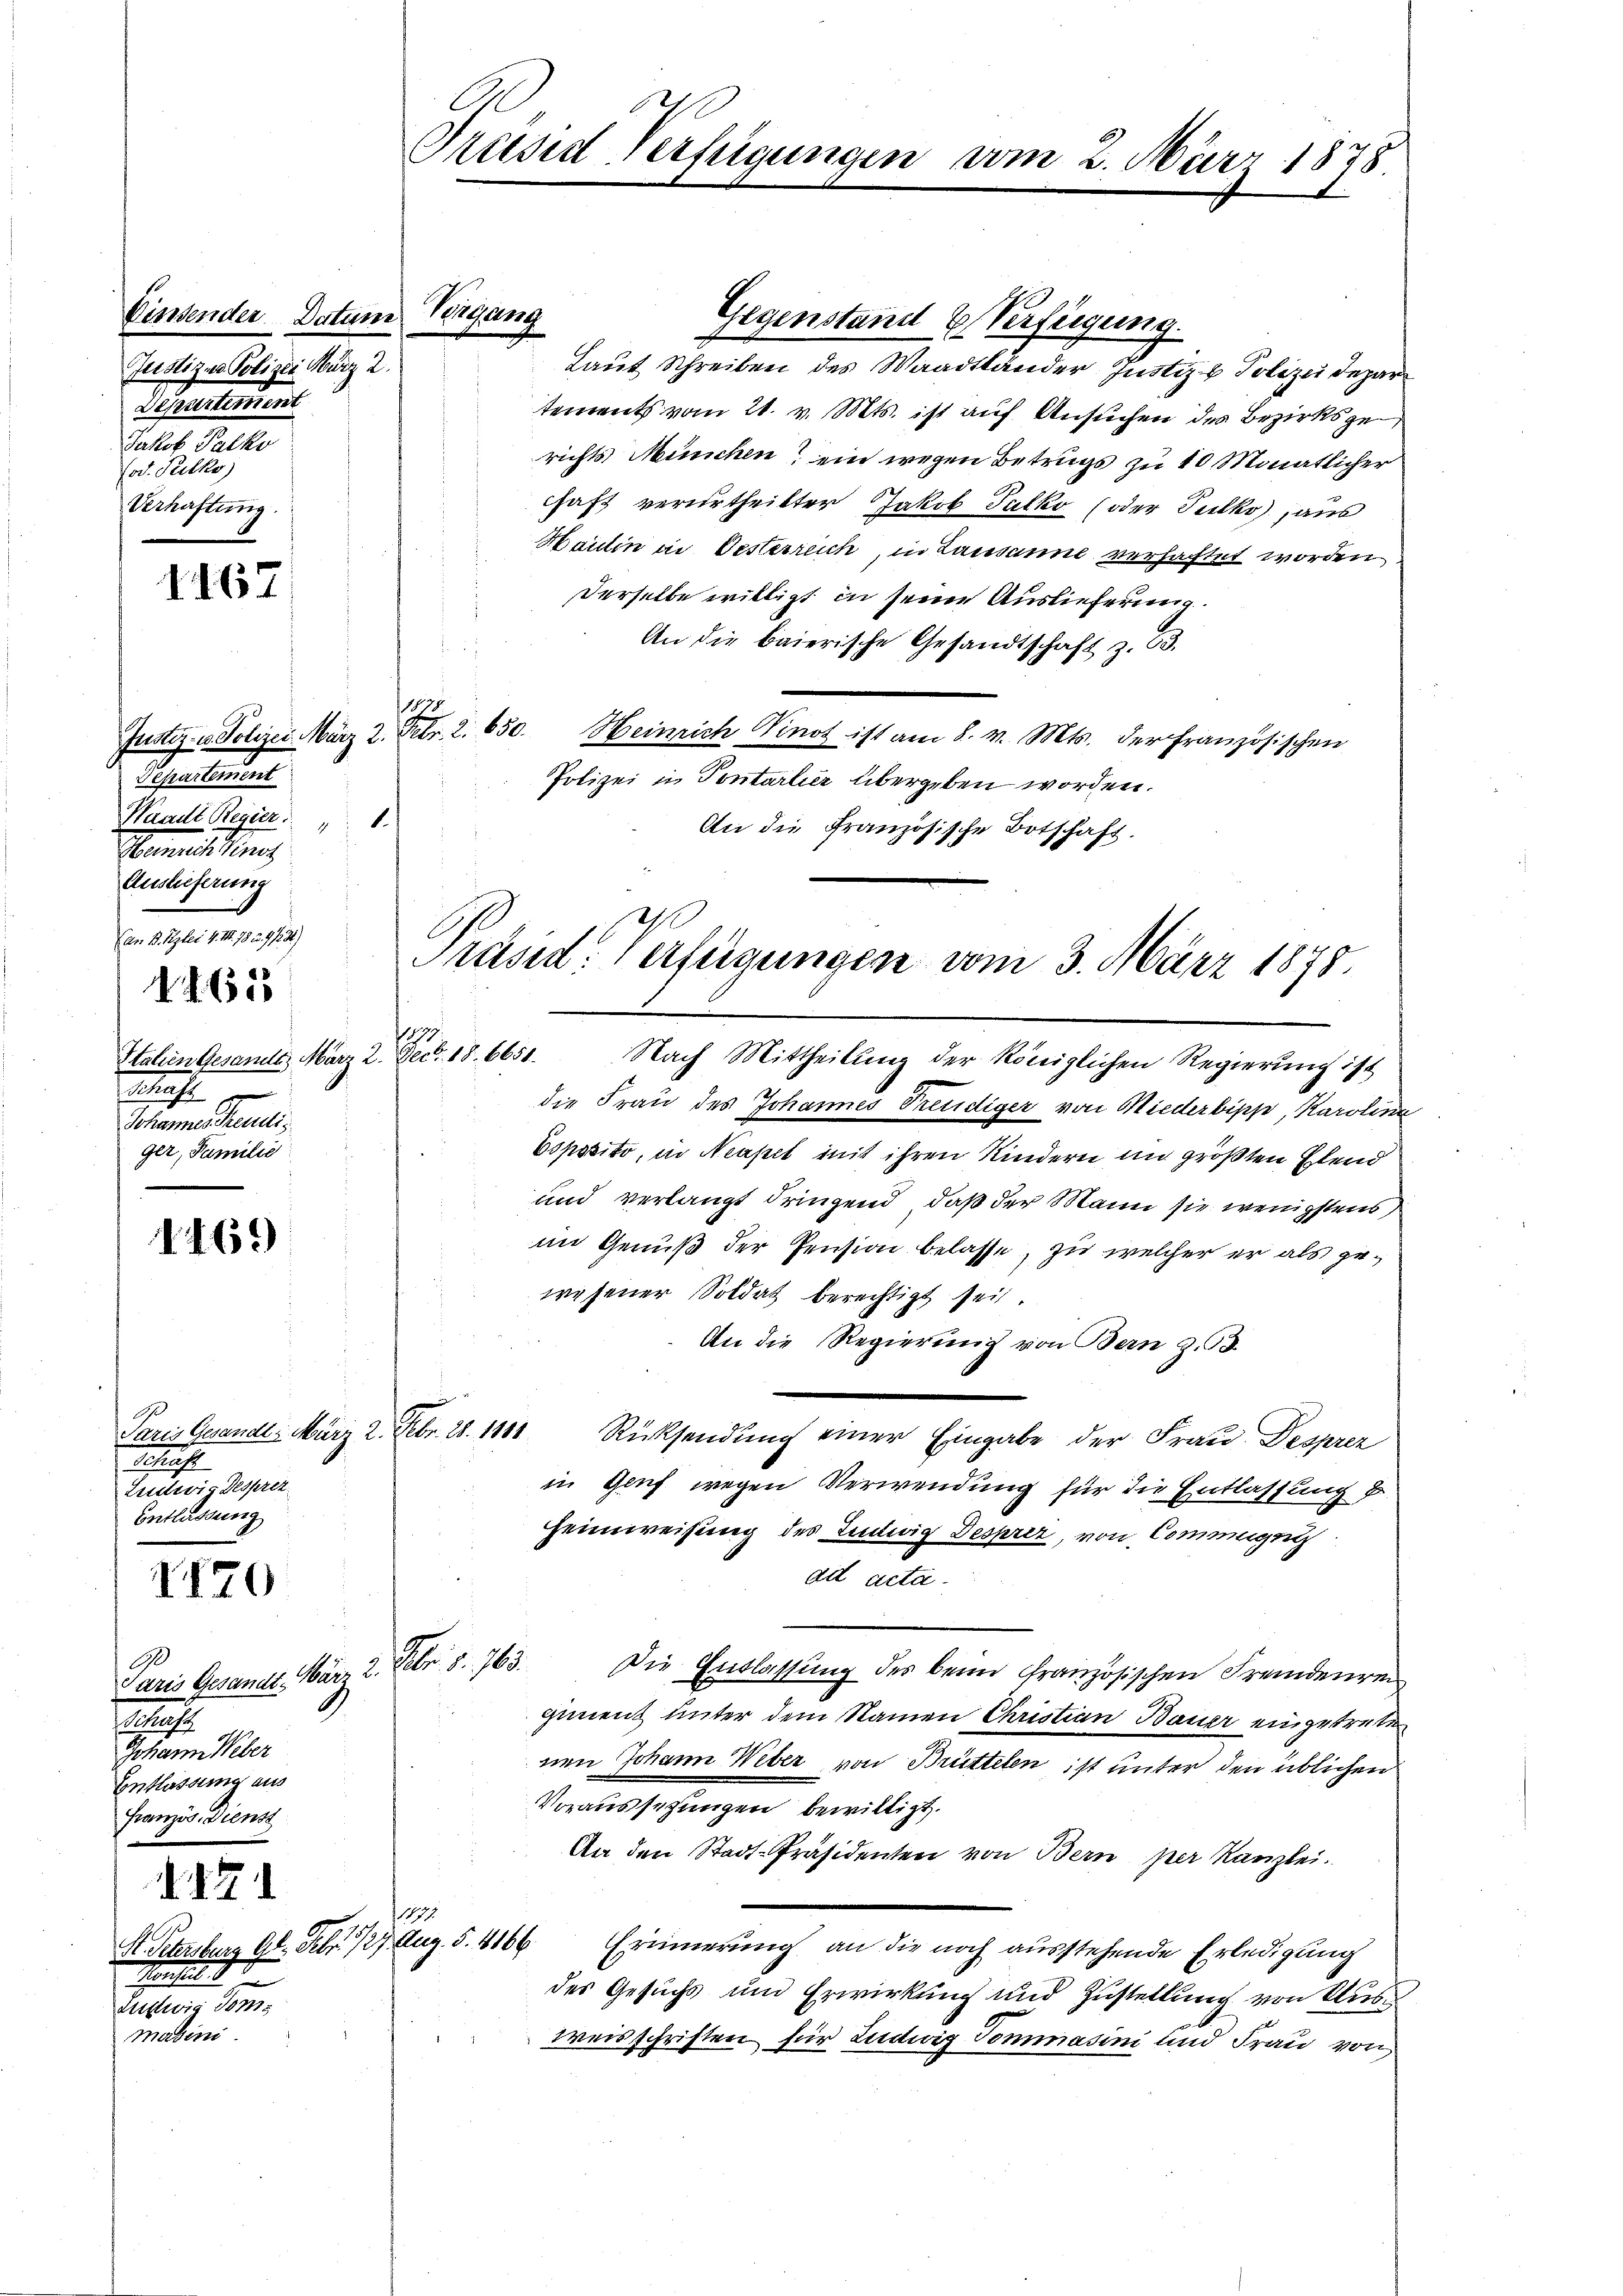
Einsender Datum Vergang
Justizus Polizei März 2
Separtement
Jakob Palko
(od. Pulko
Verhaftung.

1167

1465

1469)

1120

Paris Gesandt. März 2. Febr. v. 763.
Machte
Johann Weber
Entlassung aus
Französ. Dienst

d

Lustwig Toms
masini.

Departement
Waadt Regier
Hanaus hing
Auslieferung
Can B. Szler 4. II. 78 u. 9. 123)

Italien Gesamte, März 2. Dec. 18. 6651.
Tschaft
Sohannes Freudi
ger, Familie

Präsid-Verfügungen vom 2. März 1878

Gegenstand Verfügung.
Laut Schreiben des Waadtländer Justiz & Polizei depar
tements vom 21. v. Mts. ist auf Ansuchen des Bezirksgerichts München ein wegen Betrugs zu 10 Monatlicher
chaft verurtheilter Jakob Fulko (oder Pulko), aus
Haulin an Oesterreich, in Lausanne verhaftet worden
Derselbe willigt in seine Auslieferung.
An die baierische Gesandtschaft z. 13.
Justiz u. Polizei März 2. Febr. 2. 650. Heinrich Vinot ist am 8. v. Mts. der französischen
Polizei in Pontarlier übergeben worden.
An die Französische Botschaft.
Nach Mittheilung der königlichen Regierung ist
die Frau des Johannes Treudiger von Niederbipp, Karolina
Bsposito, in Neapel mit ihren Kindern im größten Elend
und verlangt dringend, daß der Mann sie wenigstens
im Genuß der Pension belasse, zu welcher er als gewesener Soldat berechtigt sei.
An die Regierung von Bern z. B.
Rücksendung einer Eingabe der Frau Desprez
in Genf wegen Verwendung für die Entlassung u
Heimweisung des Entwig Desprir, von Commignng
ad acta.
Die Entlassung des beim französischen Fremdenrei
giment unter dem Namen Christian Bauer eingetreten
nen Johann Weber von Brüttelen ist unter den üblichen
Voraussezungen bewilligt.
An den Stadt-Präsidenten von Bern per Kanzlei.
1111.
Erinnerung an die noch ausstehende Erledigung
des Gesuchs um Erwirkung und Zustellung von Aus¬
Weisschriften für Ludwig Tommnasini und Frau von

Paris Gesandt, März 2. Febr. 28. 1811
1
Ludwis Besprez
Entlassung

1879.

Präsid. Verfügungen vom 3. März 1875.

Petersburg 92. Febr. 127. Aug. 5. 4166